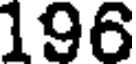
196